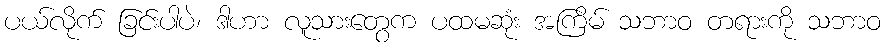
ပယ်လိုက် ခြင်းပါပဲ၊ ဒါဟာ လူသားတွေက ပထမဆုံး အကြိမ် သဘာဝ တရားကို သဘာဝ